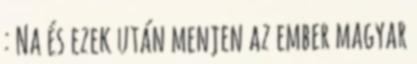
: Na és ezek után menjen az ember magyar